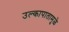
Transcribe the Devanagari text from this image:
उल्कापातामुळे